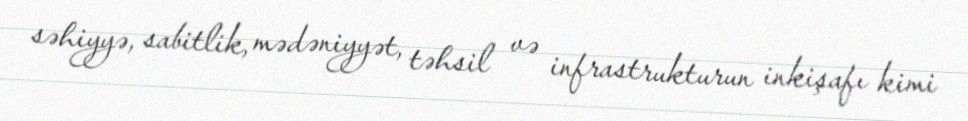
səhiyyə, sabitlik, mədəniyyət, təhsil və infrastrukturun inkişafı kimi